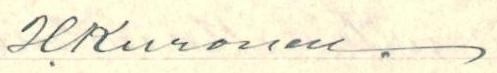
H. Kuronen.